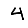
Digit: 4